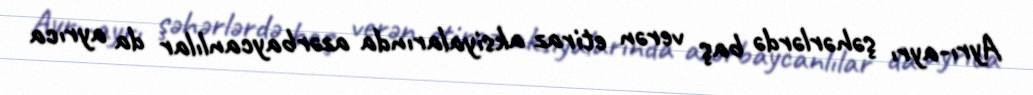
Ayrı-ayrı şəhərlərdə baş verən etiraz aksiyalarında azərbaycanlılar da ayrıca